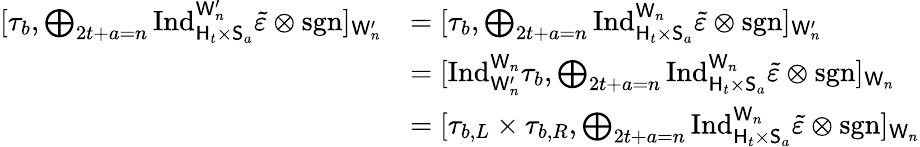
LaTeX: \begin{array}{rl}{[\tau_{b},\bigoplus_{\substack{2t+a=n}}\mathrm{Ind}_{\mathsf{H}_{t}\times\mathsf{S}_{a}}^{\mathsf{W}_{n}^{\prime}}\tilde{\varepsilon}\otimes\operatorname{sgn}]_{\mathsf{W}_{n}^{\prime}}}&{=[\tau_{b},\bigoplus_{\substack{2t+a=n}}\mathrm{Ind}_{\mathsf{H}_{t}\times\mathsf{S}_{a}}^{\mathsf{W}_{n}}\tilde{\varepsilon}\otimes\operatorname{sgn}]_{\mathsf{W}_{n}^{\prime}}}\\ &{=[\mathrm{Ind}_{\mathsf{W}_{n}^{\prime}}^{\mathsf{W}_{n}}\tau_{b},\bigoplus_{\substack{2t+a=n}}\mathrm{Ind}_{\mathsf{H}_{t}\times\mathsf{S}_{a}}^{\mathsf{W}_{n}}\tilde{\varepsilon}\otimes\operatorname{sgn}]_{\mathsf{W}_{n}}}\\ &{=[\tau_{b,L}\times\tau_{b,R},\bigoplus_{\substack{2t+a=n}}\mathrm{Ind}_{\mathsf{H}_{t}\times\mathsf{S}_{a}}^{\mathsf{W}_{n}}\tilde{\varepsilon}\otimes\operatorname{sgn}]_{\mathsf{W}_{n}}}\end{array}